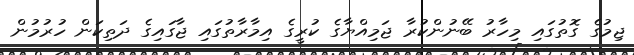
ޖިމުގެ ގޮތުގައި މިހާރު ބޭނުންކުރާ ޖަމިއްޔާގެ ކުރީގެ އިމާރާތުގައި ޖާގައިގެ ދަތިކަން ހުރުމުން